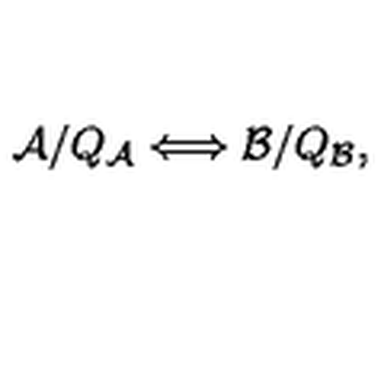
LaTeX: { \cal A } / Q _ { \cal A } \Longleftrightarrow { \cal B } / Q _ { \cal B } ,